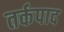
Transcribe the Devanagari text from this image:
तर्कपाद